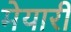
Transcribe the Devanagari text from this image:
मेयारी